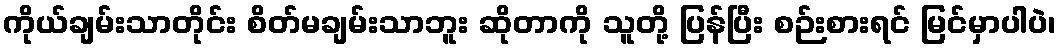
ကိုယ်ချမ်းသာတိုင်း စိတ်မချမ်းသာဘူး ဆိုတာကို သူတို့ ပြန်ပြီး စဉ်းစားရင် မြင်မှာပါပဲ၊